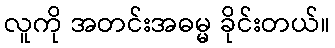
လူကို အတင်းအဓမ္မ ခိုင်းတယ်။